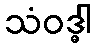
သံဝဒ္ဓါ